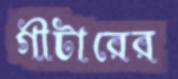
গীটারের